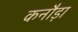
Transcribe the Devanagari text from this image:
कनौड़ा